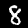
Digit: 8